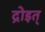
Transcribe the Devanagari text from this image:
द्रोइत्